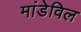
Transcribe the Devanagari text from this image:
मांडेविल